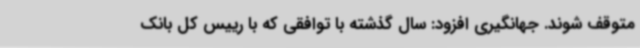
متوقف شوند. جهانگیری افزود: سال گذشته با توافقی که با رییس کل بانک